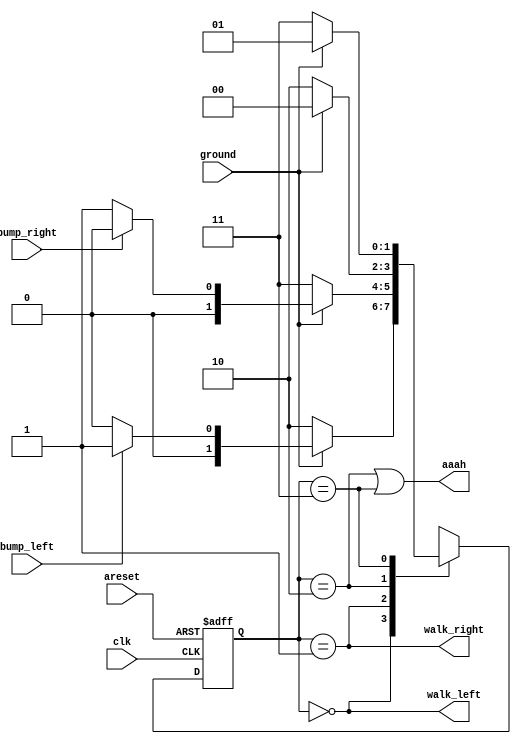
/*  Problem statement :
   In addition to walking left and right, Lemmings will fall (and presumably go "aaah!") if the ground disappears underneath them.

In addition to walking left and right and changing direction when bumped, when ground=0, the Lemming will fall and say "aaah!".
When the ground reappears (ground=1), the Lemming will resume walking in the same direction as before the fall. 
Being bumped while falling does not affect the walking direction, and being bumped in the same cycle as ground disappears (but not yet falling),
or when the ground reappears while still falling, also does not affect the walking direction.  */

module top_module(
    input clk,
    input areset,    // Freshly brainwashed Lemmings walk left.
    input bump_left,
    input bump_right,
    input ground,
    output walk_left,
    output walk_right,
    output aaah ); 
    
    //declaring the states
    parameter LEFT = 0, RIGHT = 1, LEFTaah = 2, RIGHTaah = 3;
    reg [1:0] state, next_state;
    
    
    //state-transitions
    always @(*) begin
        case(state)
            LEFT:   begin if(ground)
                                  next_state  = (bump_left)  ? RIGHT : LEFT;
                          else    next_state  = LEFTaah; end
            
            RIGHT:  begin if(ground)
                                  next_state = (bump_right) ? LEFT  : RIGHT;
                else    next_state = RIGHTaah; end
            
            LEFTaah : begin   if(ground)
                               next_state = LEFT;
                else   next_state = LEFTaah; end
            RIGHTaah : begin if(ground)
                                  next_state = RIGHT;
                       else   next_state  = RIGHTaah;
            end
        endcase
        
    end
            
    
    //state flip-flops
   always @(posedge clk, posedge areset) begin
       if(areset) state <= LEFT;
       else       state <= next_state;
   end
    
    //output - logic
    assign walk_left  =  (state == LEFT) ;
    assign walk_right =  (state == RIGHT);
    assign aaah        =  (state == LEFTaah) || (state == RIGHTaah);
   
        

endmodule